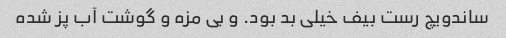
ساندویچ رست بیف خیلی بد بود. و بی مزه و گوشت آب پز شده